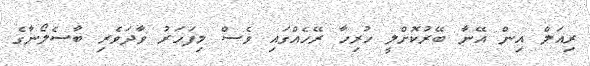
ރިއަލް އިން އޭނާ ބޭރުކޮށްލީ ހުރިހާ ރޭހެއްގައި ވެސް މިފަހަރު ވާދަވެރި ބާސެލޯނާގެ